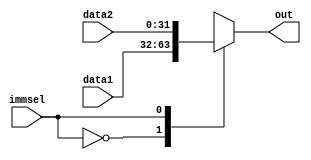
`timescale 1ns / 1ps
//////////////////////////////////////////////////////////////////////////////////
// Company: 
// Engineer: 
// 
// Design Name: 
// Module Name:    writebackmux 
// Project Name: 
// Target Devices: 
// Tool versions: 
// Description: 
//
// Dependencies: 
//
// Revision: 
// Revision 0.01 - File Created
// Additional Comments: 
//
//////////////////////////////////////////////////////////////////////////////////
module writebackmux(
    input [31:0] data1,
    input [31:0] data2,
    input immsel,
    output reg [31:0] out
    );
always @(*)
begin
case(immsel)
0: out = data1;
1: out = data2;
endcase
end
endmodule